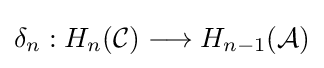
\delta _{n}:H_{n}({\mathcal {C}})\longrightarrow H_{n-1}({\mathcal {A}})